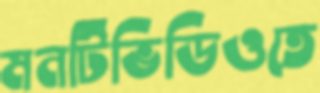
মনটিভিডিওতে